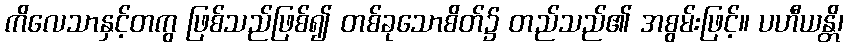
ကိလေသာနှင့်တကွ ဖြစ်သည်ဖြစ်၍ တစ်ခုသောစိတ်၌ တည်သည်၏ အစွမ်းဖြင့်။ ပဟီယန္တိ၊